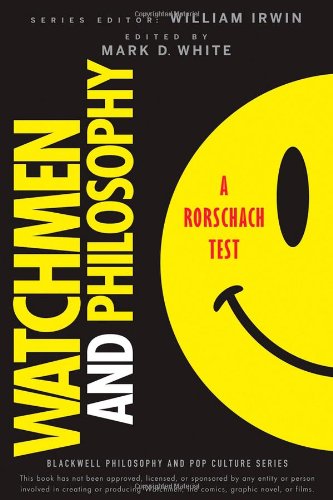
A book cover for Watchmen and Philosophy: A Rorschach Test (The Blackwell Philosophy and Pop Culture Series); Comics & Graphic Novels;